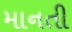
માનતી